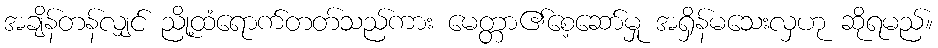
အချိန်တန်လျှင် ညို့ထံရောက်တတ်သည်ကား မေတ္တာ၏စေ့ဆော်မှု အရှိန်မသေးလှဟု ဆိုရမည်။